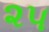
૨૫